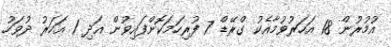
އުމުރުން 18 އަހަރުވުމާއެކު ގްރޭޑް 7 ފުރިހަމަކޮށްފައިވުން އަދި 1 އަހަރު ދުވަހު